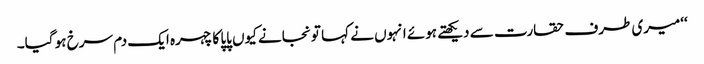
‘‘میری طرف حقارت سے دیکھتے ہوئے انہوں نے کہا تو نجانے کیوں پاپا کا چہرہ ایک دم سرخ ہو گیا۔